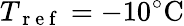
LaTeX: T_{\mathrm{~r~e~f~}}=-10^{\circ}\mathrm{C}